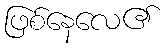
ဖြစ်နေလေ၏